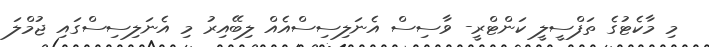
މި މާކެޓުގެ ތަފްސީލީ ކަންޓްރީ- ވާސިސް އެނަލިސިސްއެއް ލިބޭއިރު މި އެނަލިސިސްގައި ޖުމްލަ